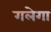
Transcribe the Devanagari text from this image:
गलेगा